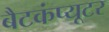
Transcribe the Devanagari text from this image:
बैटकंप्यूटर